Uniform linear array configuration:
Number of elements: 32
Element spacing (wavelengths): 1
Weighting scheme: binomial
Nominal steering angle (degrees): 60
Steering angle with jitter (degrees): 61.37
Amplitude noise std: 0.05
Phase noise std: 0.05

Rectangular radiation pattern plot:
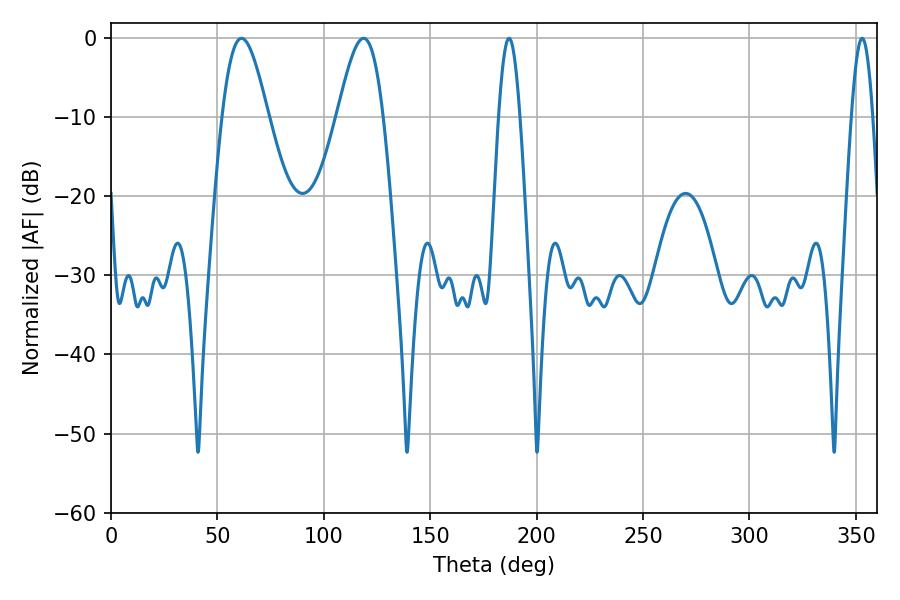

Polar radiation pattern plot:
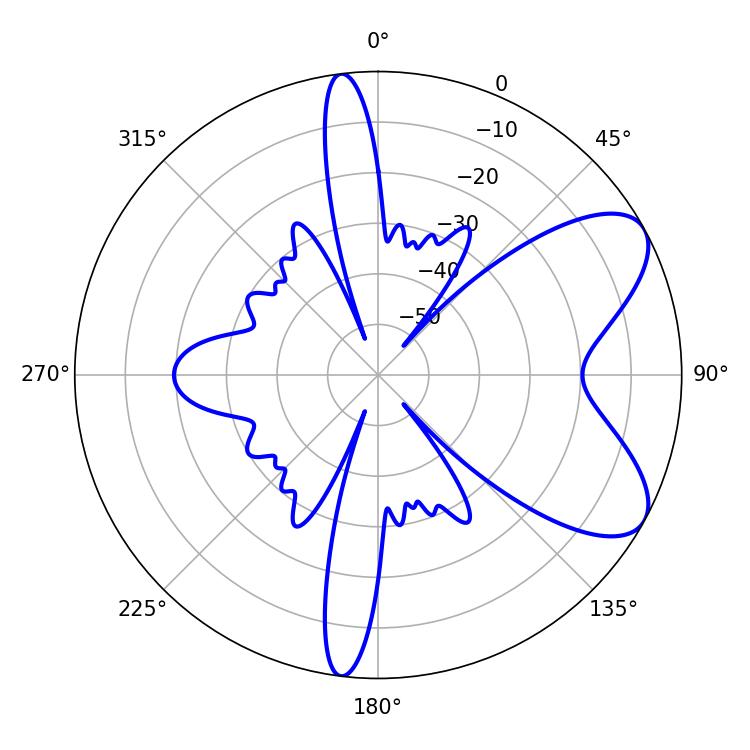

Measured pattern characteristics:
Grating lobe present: TRUE
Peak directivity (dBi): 7.345
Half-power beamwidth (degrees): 5.4
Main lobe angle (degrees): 187.02